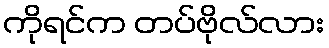
ကိုရင်က တပ်ဗိုလ်လား